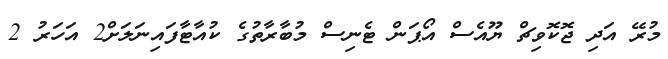
މުރޭ އަދި ޖޮކޮވިޗް ޔޫއެސް އޯޕަން ޓެނިސް މުބާރާތުގެ ކުއާޓާފައިނަލަށް2 އަހަރު 2